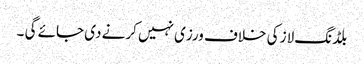
بلڈنگ لاز کی خلاف ورزی نہیں کرنے دی جائے گی ۔